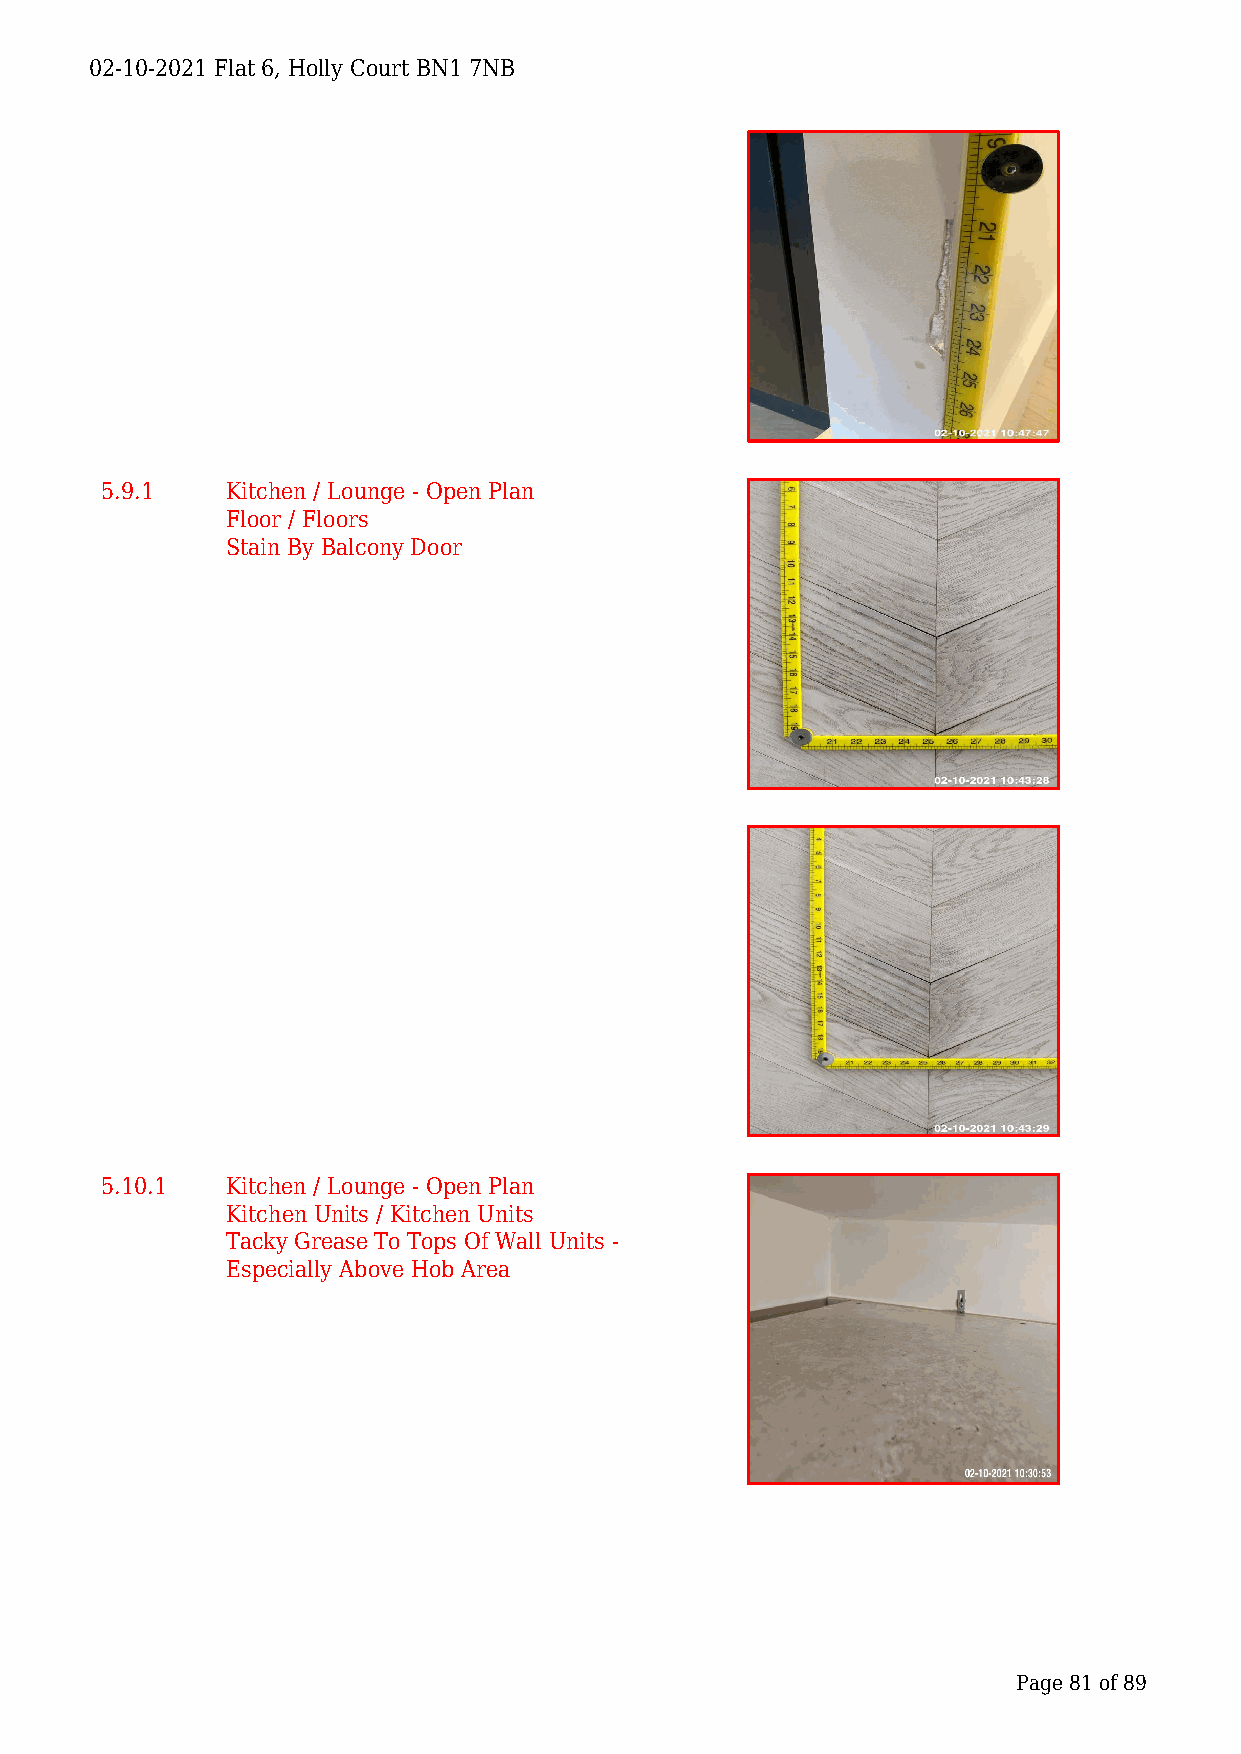
02-10-2021 Flat 6, Holly Court BN1 7NB
 5.9.1   Kitchen / Lounge - Open Plan
 Floor / Floors
 Stain By Balcony Door
 5.10.1  Kitchen / Lounge - Open Plan
 Kitchen Units / Kitchen Units
 Tacky Grease To Tops Of Wall Units -
 Especially Above Hob Area
 Page 81 of 89